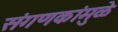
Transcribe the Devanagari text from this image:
संगणकांमुळे